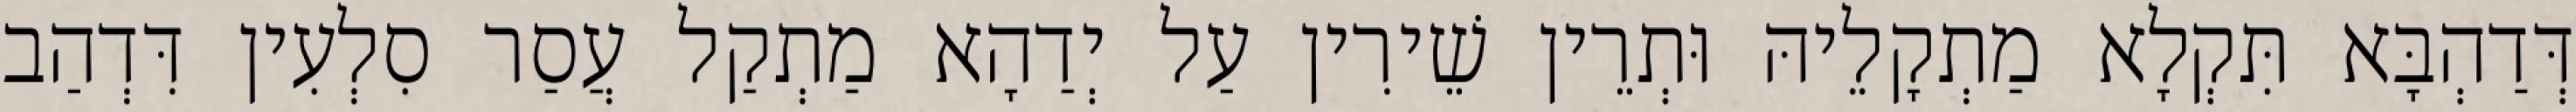
דְּדַהְבָּא תִּקְלָא מַתְקָלֵיהּ וּתְרֵין שֵׁירִין עַל יְדַהָא מַתְקַל עֲסַר סִלְעִין דִּדְהַב